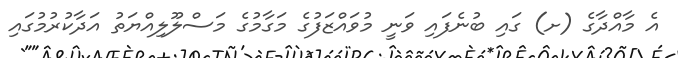
އެ މާއްދާގެ (ށ) ގައި ބުނެފައި ވަނީ މުވައްޒަފުގެ މަގާމުގެ މަސްލޫލިއްޔަތު އަދާކުރުމުގައި